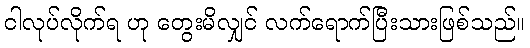
ငါလုပ်လိုက်ရ ဟု တွေးမိလျှင် လက်ရောက်ပြီးသားဖြစ်သည်။